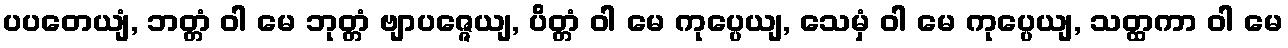
ပပတေယျံ, ဘတ္တံ ဝါ မေ ဘုတ္တံ ဗျာပဇ္ဇေယျ, ပိတ္တံ ဝါ မေ ကုပ္ပေယျ, သေမှံ ဝါ မေ ကုပ္ပေယျ, သတ္ထကာ ဝါ မေ